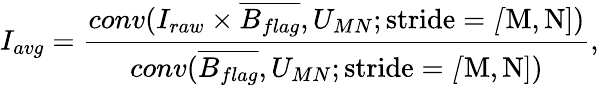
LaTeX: I_{avg}=\frac{conv(I_{raw}\times\overline{{B_{flag}}},U_{MN};\mathrm{stride=\mathit[M,N])}}{conv(\overline{{B_{flag}}},U_{MN};\mathrm{stride=\mathit[M,N])}},